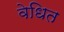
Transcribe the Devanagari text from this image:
वेधित